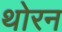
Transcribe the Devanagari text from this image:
थोरन